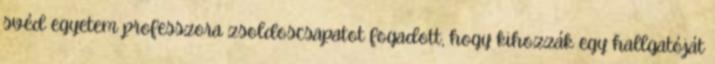
svéd egyetem professzora zsoldoscsapatot fogadott, hogy kihozzák egy hallgatóját